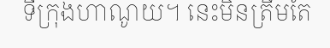
ទីក្រុងហាណូយ។ នេះមិនត្រឹមតែ